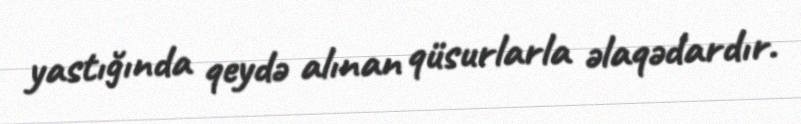
yastığında qeydə alınan qüsurlarla əlaqədardır.